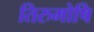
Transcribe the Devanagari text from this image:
तिरुमोषि